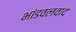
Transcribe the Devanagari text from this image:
भांडवलवाद